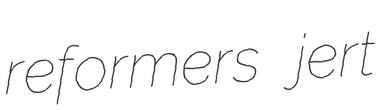
reformers jert